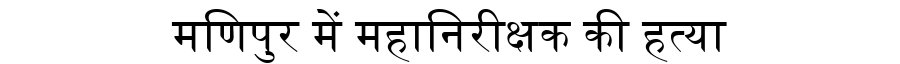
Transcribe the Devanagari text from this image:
मणिपुर में महानिरीक्षक की हत्या